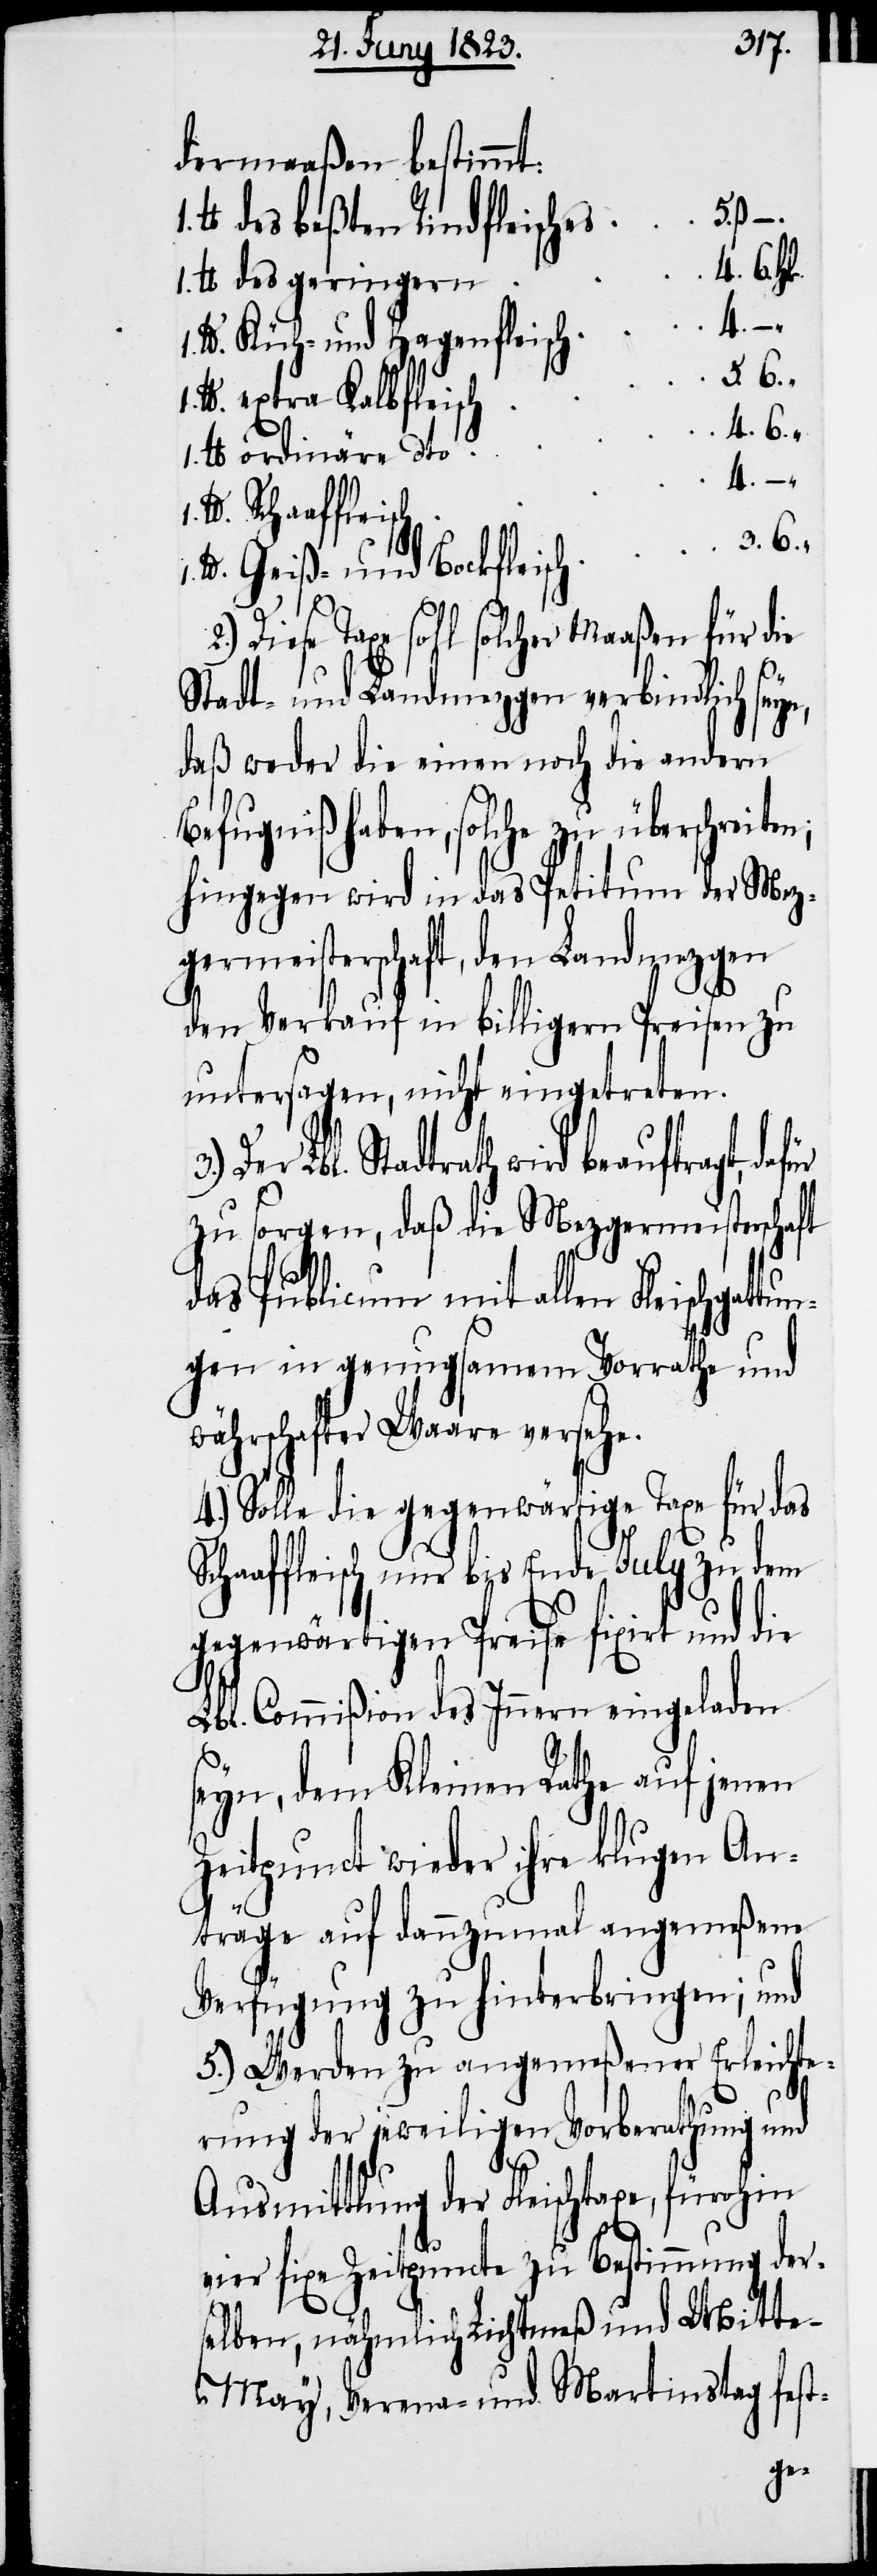
dermaaßen bestimmt:
des beßten Rindfleisches
1. lb.
des geringern
4.
Küh- und Hagenfleisch
5. ß.
extra Kalbfleisch
ordinäre dto
6. „
Geiß- und Bockfleisch
Diese Taxe soll solcher Maaßen für die
Stadt- und Landmezgen verbindlich seyn,
daß weder die einen noch die andern
Befugniß haben, solche zu überschreite¬
hingegen wird in das Petitum der Mez¬
germeisterschaft, den Landmezgen
den Verkauf in billigern Preisen zu
untersagen, nicht eingetreten.
3.) Der Lbl. Stadtrath wird beauftragt,
zu sorgen, daß die Mezgermeisterschaft
das Publicum mit allen Fleischgat¬
gen in genugsamem Vorrathe und
währschafter Waare versehe.
4.) Solle die gegenwärtige Taxe für das
Schaaffleisch nur bis Ende July zu dem
gegenwärtigen Preise fixirt und die
Lbl. Commißion des Innern eingeladen
seyn, dem Kleinen Rathe auf jenen
Zeitpunct wieder ihre klugen An¬
tun¬
träge auf dannzumal angemeßene
Verfügung zu hinterbringen; und
5.) Werden zu angemeßener Erleichte¬
rung der jeweiligen Vorberathung und
Ausmittlung der Fleischtaxe, fürohin
vier fixe Zeitpuncte zu Bestimmung der¬
selben, nähmlich Lichtmeß und Mitt¬
e-May, Verena- und Martinstag fest-